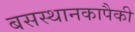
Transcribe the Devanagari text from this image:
बसस्थानकापैकी